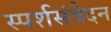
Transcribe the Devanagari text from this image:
स्पर्शसंवेदन